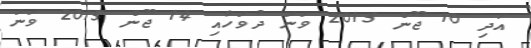
އަދި 10 ޖޫން 2015 ވަނަ ދުވަހާއި 14 ޖޫން 2015 ވަނަ